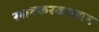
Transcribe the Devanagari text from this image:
खाटकरकालान